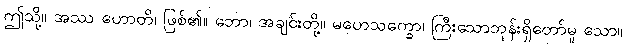
ဤသို့။ အဿ ဟောတိ၊ ဖြစ်၏။ ဘော၊ အချင်းတို့။ မဟေသက္ခော၊ ကြီးသောဘုန်းရှိတော်မူ သော။